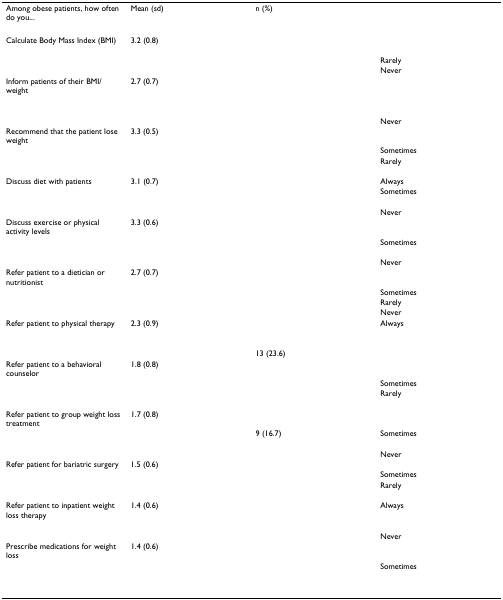
<table><thead><tr><td><b>Among obese patients, how often do you...</b></td><td><b>Mean (sd)</b></td><td><b>n (%)</b></td><td>[EMPTY_CELL]</td></tr></thead><tbody><tr><td>Calculate Body Mass Index (BMI)</td><td>3.2 (0.8)</td><td>[EMPTY_CELL]</td><td>[EMPTY_CELL]</td></tr><tr><td>[EMPTY_CELL]</td><td>[EMPTY_CELL]</td><td>[EMPTY_CELL]</td><td>[EMPTY_CELL]</td></tr><tr><td>[EMPTY_CELL]</td><td>[EMPTY_CELL]</td><td>[EMPTY_CELL]</td><td>Rarely</td></tr><tr><td>[EMPTY_CELL]</td><td>[EMPTY_CELL]</td><td>[EMPTY_CELL]</td><td>Never</td></tr><tr><td>Inform patients of their BMI/weight</td><td>2.7 (0.7)</td><td>[EMPTY_CELL]</td><td>[EMPTY_CELL]</td></tr><tr><td>[EMPTY_CELL]</td><td>[EMPTY_CELL]</td><td>[EMPTY_CELL]</td><td>[EMPTY_CELL]</td></tr><tr><td>[EMPTY_CELL]</td><td>[EMPTY_CELL]</td><td>[EMPTY_CELL]</td><td>[EMPTY_CELL]</td></tr><tr><td>[EMPTY_CELL]</td><td>[EMPTY_CELL]</td><td>[EMPTY_CELL]</td><td>Never</td></tr><tr><td>Recommend that the patient lose weight</td><td>3.3 (0.5)</td><td>[EMPTY_CELL]</td><td>[EMPTY_CELL]</td></tr><tr><td>[EMPTY_CELL]</td><td>[EMPTY_CELL]</td><td>[EMPTY_CELL]</td><td>Sometimes</td></tr><tr><td>[EMPTY_CELL]</td><td>[EMPTY_CELL]</td><td>[EMPTY_CELL]</td><td>Rarely</td></tr><tr><td>[EMPTY_CELL]</td><td>[EMPTY_CELL]</td><td>[EMPTY_CELL]</td><td>[EMPTY_CELL]</td></tr><tr><td>Discuss diet with patients</td><td>3.1 (0.7)</td><td>[EMPTY_CELL]</td><td>Always</td></tr><tr><td>[EMPTY_CELL]</td><td>[EMPTY_CELL]</td><td>[EMPTY_CELL]</td><td>Sometimes</td></tr><tr><td>[EMPTY_CELL]</td><td>[EMPTY_CELL]</td><td>[EMPTY_CELL]</td><td>[EMPTY_CELL]</td></tr><tr><td>[EMPTY_CELL]</td><td>[EMPTY_CELL]</td><td>[EMPTY_CELL]</td><td>Never</td></tr><tr><td>Discuss exercise or physical activity levels</td><td>3.3 (0.6)</td><td>[EMPTY_CELL]</td><td>[EMPTY_CELL]</td></tr><tr><td>[EMPTY_CELL]</td><td>[EMPTY_CELL]</td><td>[EMPTY_CELL]</td><td>Sometimes</td></tr><tr><td>[EMPTY_CELL]</td><td>[EMPTY_CELL]</td><td>[EMPTY_CELL]</td><td>[EMPTY_CELL]</td></tr><tr><td>[EMPTY_CELL]</td><td>[EMPTY_CELL]</td><td>[EMPTY_CELL]</td><td>Never</td></tr><tr><td>Refer patient to a dietician or nutritionist</td><td>2.7 (0.7)</td><td>[EMPTY_CELL]</td><td>[EMPTY_CELL]</td></tr><tr><td>[EMPTY_CELL]</td><td>[EMPTY_CELL]</td><td>[EMPTY_CELL]</td><td>Sometimes</td></tr><tr><td>[EMPTY_CELL]</td><td>[EMPTY_CELL]</td><td>[EMPTY_CELL]</td><td>Rarely</td></tr><tr><td>[EMPTY_CELL]</td><td>[EMPTY_CELL]</td><td>[EMPTY_CELL]</td><td>Never</td></tr><tr><td>Refer patient to physical therapy</td><td>2.3 (0.9)</td><td>[EMPTY_CELL]</td><td>Always</td></tr><tr><td>[EMPTY_CELL]</td><td>[EMPTY_CELL]</td><td>[EMPTY_CELL]</td><td>[EMPTY_CELL]</td></tr><tr><td>[EMPTY_CELL]</td><td>[EMPTY_CELL]</td><td>[EMPTY_CELL]</td><td>[EMPTY_CELL]</td></tr><tr><td>[EMPTY_CELL]</td><td>[EMPTY_CELL]</td><td>13 (23.6)</td><td>[EMPTY_CELL]</td></tr><tr><td>Refer patient to a behavioral counselor</td><td>1.8 (0.8)</td><td>[EMPTY_CELL]</td><td>[EMPTY_CELL]</td></tr><tr><td>[EMPTY_CELL]</td><td>[EMPTY_CELL]</td><td>[EMPTY_CELL]</td><td>Sometimes</td></tr><tr><td>[EMPTY_CELL]</td><td>[EMPTY_CELL]</td><td>[EMPTY_CELL]</td><td>Rarely</td></tr><tr><td>[EMPTY_CELL]</td><td>[EMPTY_CELL]</td><td>[EMPTY_CELL]</td><td>[EMPTY_CELL]</td></tr><tr><td>Refer patient to group weight loss treatment</td><td>1.7 (0.8)</td><td>[EMPTY_CELL]</td><td>[EMPTY_CELL]</td></tr><tr><td>[EMPTY_CELL]</td><td>[EMPTY_CELL]</td><td>9 (16.7)</td><td>Sometimes</td></tr><tr><td>[EMPTY_CELL]</td><td>[EMPTY_CELL]</td><td>[EMPTY_CELL]</td><td>[EMPTY_CELL]</td></tr><tr><td>[EMPTY_CELL]</td><td>[EMPTY_CELL]</td><td>[EMPTY_CELL]</td><td>Never</td></tr><tr><td>Refer patient for bariatric surgery</td><td>1.5 (0.6)</td><td>[EMPTY_CELL]</td><td>[EMPTY_CELL]</td></tr><tr><td>[EMPTY_CELL]</td><td>[EMPTY_CELL]</td><td>[EMPTY_CELL]</td><td>Sometimes</td></tr><tr><td>[EMPTY_CELL]</td><td>[EMPTY_CELL]</td><td>[EMPTY_CELL]</td><td>Rarely</td></tr><tr><td>[EMPTY_CELL]</td><td>[EMPTY_CELL]</td><td>[EMPTY_CELL]</td><td>[EMPTY_CELL]</td></tr><tr><td>Refer patient to inpatient weight</td><td>1.4 (0.6)</td><td>[EMPTY_CELL]</td><td>Always</td></tr><tr><td>loss therapy</td><td>[EMPTY_CELL]</td><td>[EMPTY_CELL]</td><td>[EMPTY_CELL]</td></tr><tr><td>[EMPTY_CELL]</td><td>[EMPTY_CELL]</td><td>[EMPTY_CELL]</td><td>[EMPTY_CELL]</td></tr><tr><td>[EMPTY_CELL]</td><td>[EMPTY_CELL]</td><td>[EMPTY_CELL]</td><td>Never</td></tr><tr><td>Prescribe medications for weight loss</td><td>1.4 (0.6)</td><td>[EMPTY_CELL]</td><td>[EMPTY_CELL]</td></tr><tr><td>[EMPTY_CELL]</td><td>[EMPTY_CELL]</td><td>[EMPTY_CELL]</td><td>Sometimes</td></tr><tr><td>[EMPTY_CELL]</td><td>[EMPTY_CELL]</td><td>[EMPTY_CELL]</td><td>[EMPTY_CELL]</td></tr><tr><td>[EMPTY_CELL]</td><td>[EMPTY_CELL]</td><td>[EMPTY_CELL]</td><td>[EMPTY_CELL]</td></tr></tbody></table>